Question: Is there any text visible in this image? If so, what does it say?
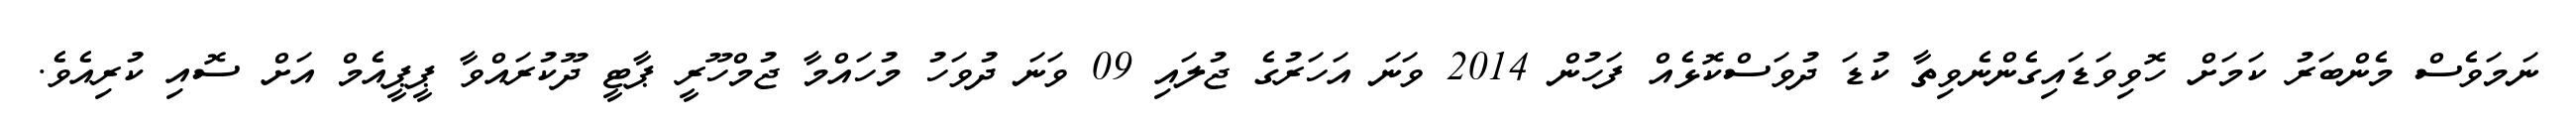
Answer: ނަމަވެސް މެންބަރު ކަމަށް ހޮވިވަޑައިގެންނެވިތާ ކުޑަ ދުވަސްކޮޅެއް ފަހުން 2014 ވަނަ އަހަރުގެ ޖުލައި 09 ވަނަ ދުވަހު މުހައްމާ ޖުމްހޫރީ ޕާޓީ ދޫކުރައްވާ ޕީޕީއެމް އަށް ސޮއި ކުރިއެވެ.